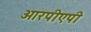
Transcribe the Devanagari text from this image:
आरपीएपी